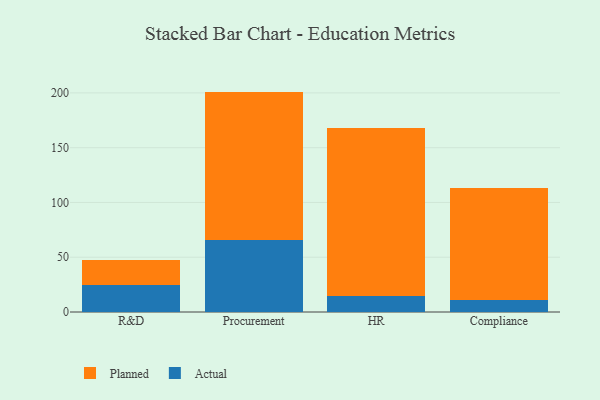
{"axis": {"x": "Department", "y": "Website Visitors"}, "legend": ["Actual", "Planned"], "data": [{"x": "R&D", "y": 24.6, "type": "Actual"}, {"x": "R&D", "y": 23.3, "type": "Planned"}, {"x": "Procurement", "y": 65.7, "type": "Actual"}, {"x": "Procurement", "y": 135.5, "type": "Planned"}, {"x": "HR", "y": 15.0, "type": "Actual"}, {"x": "HR", "y": 153.3, "type": "Planned"}, {"x": "Compliance", "y": 11.3, "type": "Actual"}, {"x": "Compliance", "y": 102.1, "type": "Planned"}]}